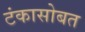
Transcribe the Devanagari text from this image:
टंकासोबत